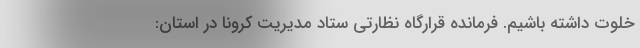
خلوت داشته باشیم. فرمانده قرارگاه نظارتی ستاد مدیریت کرونا در استان: